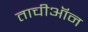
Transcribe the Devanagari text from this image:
ताचीऑन